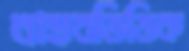
বাস্তবভিত্তিক